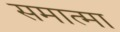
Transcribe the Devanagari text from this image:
समात्मा